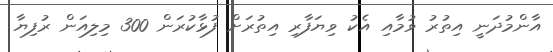
އާންމުދަނީ އިތުރު ވުމާއި އެކު ވިޔަފާރި އިތުރަށް ފުޅާކުރަން 300 މިލިއަން ރުފިޔާ